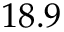
1 8 . 9